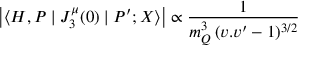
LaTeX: \left| \langle H , P \mid J _ { 3 } ^ { \mu } ( 0 ) \mid P ^ { \prime } ; X \rangle \right| \propto \frac { 1 } { m _ { Q } ^ { 3 } \, ( v . v ^ { \prime } - 1 ) ^ { 3 / 2 } }